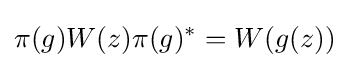
\pi (g)W(z)\pi (g)^{*}=W(g(z))